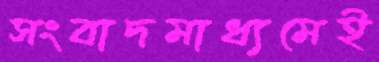
সংবাদমাধ্যমেই